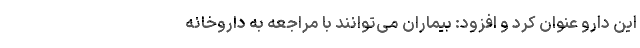
این دارو عنوان کرد و افزود: بیماران می‌توانند با مراجعه به داروخانه